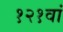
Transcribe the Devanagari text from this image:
१२१वां